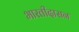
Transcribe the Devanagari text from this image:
भारतीदासन